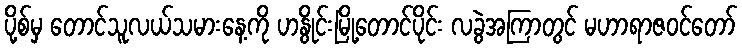
ပို့စ်မှ တောင်သူလယ်သမားနေ့ကို ဟနွိုင်းမြို့တောင်ပိုင်း လခွဲအကြာတွင် မဟာရာဇဝင်တော်